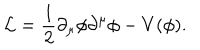
{ \cal L } = \frac 1 2 \partial _ { \mu } \phi \partial ^ { \mu } \phi - V ( \phi ) .